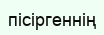
пісіргеннің